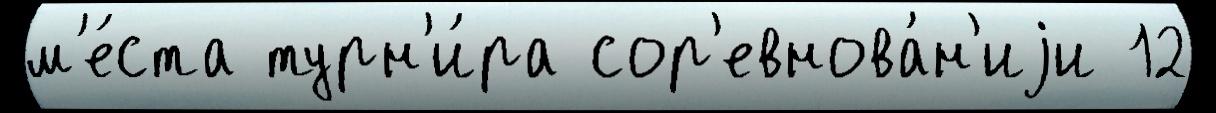
м'е́ста турн'и́ра сор'евнова́н'иjи 12